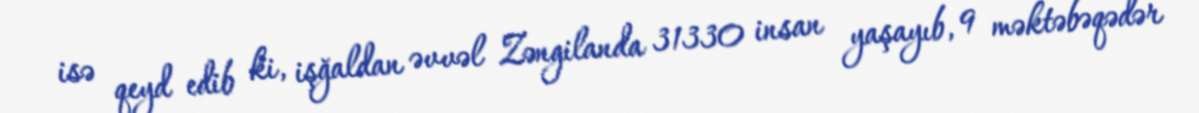
isə qeyd edib ki, işğaldan əvvəl Zəngilanda 31330 insan yaşayıb, 9 məktəbəqədər